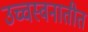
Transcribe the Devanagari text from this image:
उच्चस्वनातीत